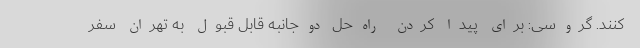
کنند. گروسی: برای پیدا کردن راه‌حل دوجانبه قابل قبول به تهران سفر